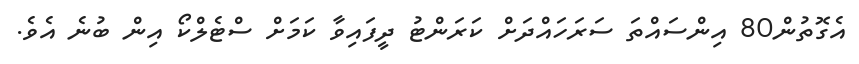
އެގޮތުން80 އިންސައްތަ ސަރަހައްދަށް ކަރަންޓު ދީފައިވާ ކަމަށް ސްޓެލްކޯ އިން ބުނެ އެވެ.